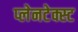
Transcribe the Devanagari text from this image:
प्लेनटेक्स्ट